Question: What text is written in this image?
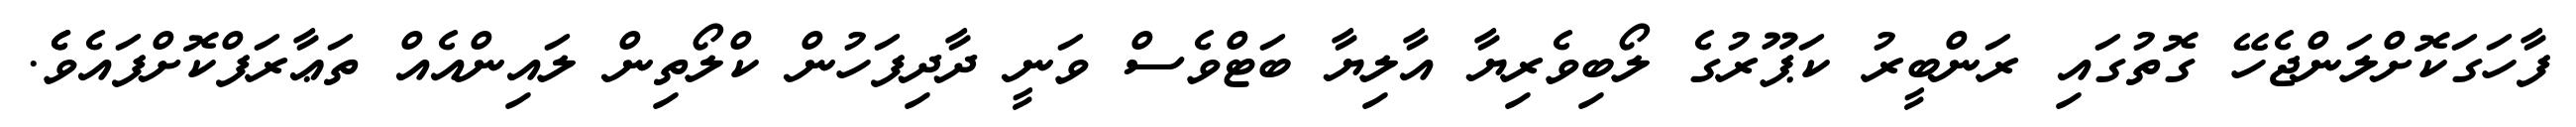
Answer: ފާހަގަކޮށްލަންޖެހޭ ގޮތުގައި ރަންބީރު ކަޕޫރުގެ ލޯބިވެރިޔާ އާލިޔާ ބަޓްވެސް ވަނީ ދާދިފަހުން ކްލޯތިން ލައިންއެއް ތަޢާރަފްކޮށްފައެވެެ.